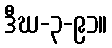
ဒီဃ-၃-၉၁။